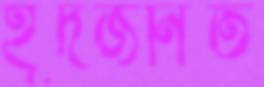
হূদজনিত